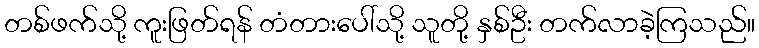
တစ်ဖက်သို့ ကူးဖြတ်ရန် တံတားပေါ်သို့ သူတို့ နှစ်ဦး တက်လာခဲ့ကြသည်။